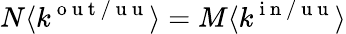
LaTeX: N\langle k^{\mathrm{~o~u~t~/~u~u~}}\rangle=M\langle k^{\mathrm{~i~n~/~u~u~}}\rangle